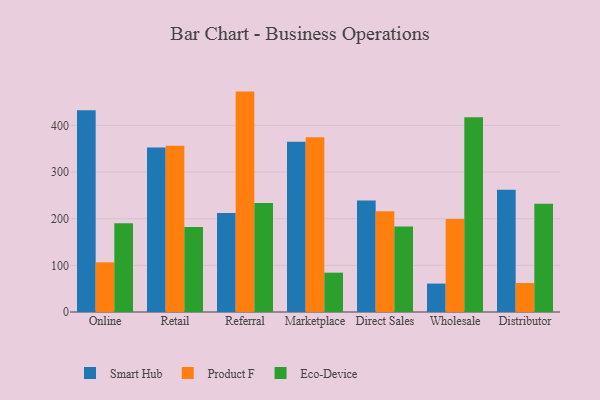
{"axis": {"x": "Channel", "y": "Energy Usage (MWh)"}, "legend": ["Eco-Device", "Product F", "Smart Hub"], "data": [{"x": "Online", "y": 432.6, "type": "Smart Hub"}, {"x": "Online", "y": 106.5, "type": "Product F"}, {"x": "Online", "y": 190.0, "type": "Eco-Device"}, {"x": "Retail", "y": 352.4, "type": "Smart Hub"}, {"x": "Retail", "y": 356.2, "type": "Product F"}, {"x": "Retail", "y": 182.3, "type": "Eco-Device"}, {"x": "Referral", "y": 212.4, "type": "Smart Hub"}, {"x": "Referral", "y": 472.4, "type": "Product F"}, {"x": "Referral", "y": 233.5, "type": "Eco-Device"}, {"x": "Marketplace", "y": 364.7, "type": "Smart Hub"}, {"x": "Marketplace", "y": 374.4, "type": "Product F"}, {"x": "Marketplace", "y": 84.3, "type": "Eco-Device"}, {"x": "Direct Sales", "y": 238.9, "type": "Smart Hub"}, {"x": "Direct Sales", "y": 215.8, "type": "Product F"}, {"x": "Direct Sales", "y": 183.5, "type": "Eco-Device"}, {"x": "Wholesale", "y": 60.9, "type": "Smart Hub"}, {"x": "Wholesale", "y": 199.4, "type": "Product F"}, {"x": "Wholesale", "y": 417.5, "type": "Eco-Device"}, {"x": "Distributor", "y": 261.9, "type": "Smart Hub"}, {"x": "Distributor", "y": 62.1, "type": "Product F"}, {"x": "Distributor", "y": 232.0, "type": "Eco-Device"}]}